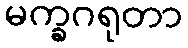
မက္ခဂရုတာ